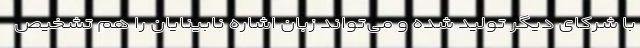
با شرکای دیگر تولید شده و می‌تواند زبان اشاره نابینایان را هم تشخیص